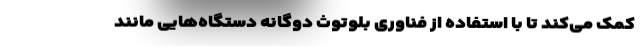
کمک می‌کند تا با استفاده از فناوری بلوتوث دوگانه دستگاه‌هایی مانند